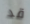
قد